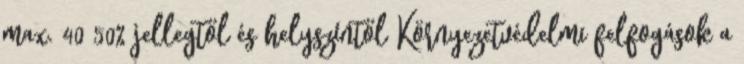
max. 40 50% jellegtől és helyszíntől Környezetvédelmi felfogások a